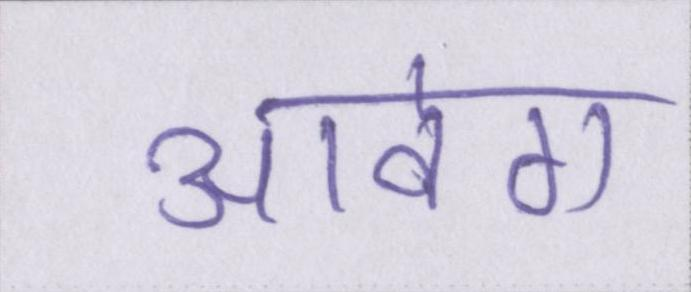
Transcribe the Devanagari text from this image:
आवेग